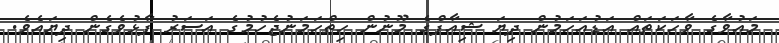
މައުވާގެ ވާހަކަތައް އަޑުއަހަމުން ދިޔަ ޝިއާފްގެ މޫނުން ހިތްހަމަނުޖެހުމުގެ އަސަރު ފާޅުވެގެން ދިޔައެވެ.